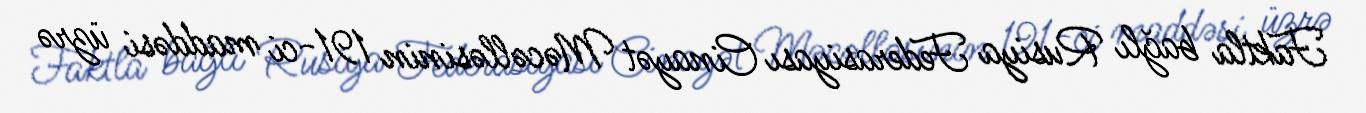
Faktla bağlı Rusiya Federasiyası Cinayət Məcəlləsinin 191-ci maddəsi üzrə